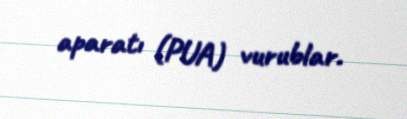
aparatı (PUA) vurublar.